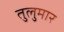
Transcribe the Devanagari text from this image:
तुलुमार